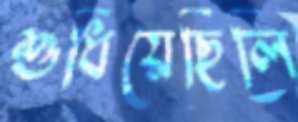
শুধিয়েছিলি